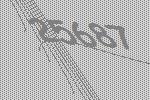
25687